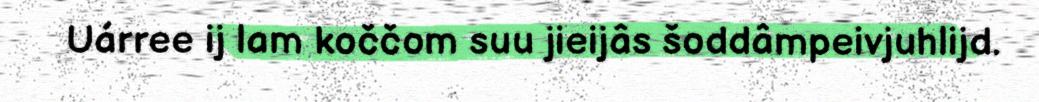
Uárree ij lam koččom suu jieijâs šoddâmpeivjuhlijd.